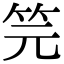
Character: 笎